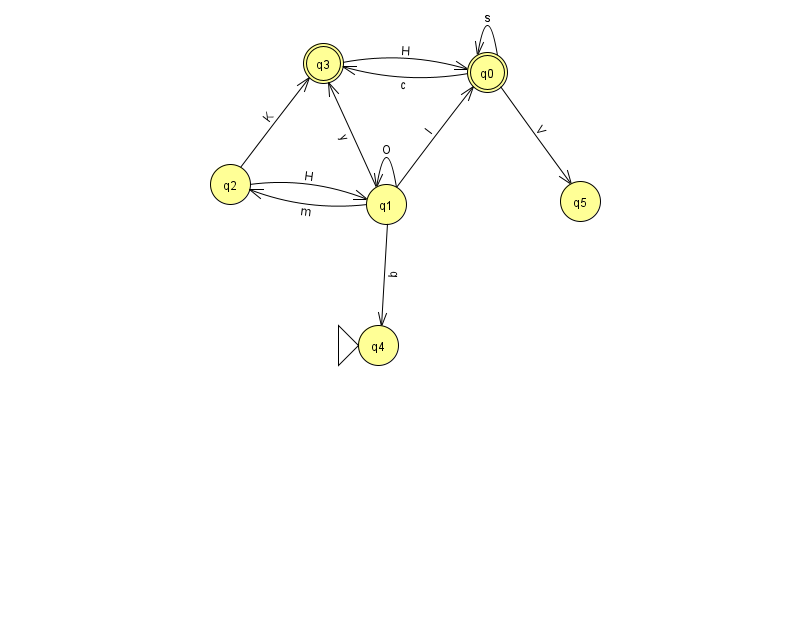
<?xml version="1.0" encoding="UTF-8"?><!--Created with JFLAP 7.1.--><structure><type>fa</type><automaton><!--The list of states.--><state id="0" name="q0"><x>487.0</x><y>59.0</y><final/></state><state id="1" name="q1"><x>386.0</x><y>191.0</y></state><state id="2" name="q2"><x>230.0</x><y>171.0</y></state><state id="3" name="q3"><x>323.0</x><y>50.0</y><final/></state><state id="4" name="q4"><x>378.0</x><y>332.0</y><initial/></state><state id="5" name="q5"><x>580.0</x><y>188.0</y></state><!--The list of transitions.--><transition><from>0</from><to>0</to><read>s</read></transition><transition><from>0</from><to>3</to><read>c</read></transition><transition><from>3</from><to>0</to><read>H</read></transition><transition><from>2</from><to>1</to><read>H</read></transition><transition><from>1</from><to>4</to><read>b</read></transition><transition><from>1</from><to>2</to><read>m</read></transition><transition><from>2</from><to>3</to><read>K</read></transition><transition><from>0</from><to>5</to><read>V</read></transition><transition><from>1</from><to>0</to><read>I</read></transition><transition><from>1</from><to>1</to><read>O</read></transition><transition><from>1</from><to>3</to><read>y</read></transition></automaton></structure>